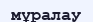
мұралау